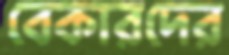
বেকারদের